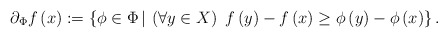
\begin{align*}\partial_\Phi f \left(x\right):=\left\{ \phi\in \Phi\, |\, \left(\forall y\in X\right)\ f\left(y \right) -f\left(x\right) \geq\phi\left(y\right)-\phi \left(x\right) \right\} .\end{align*}